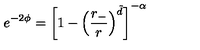
e ^ { - 2 \phi } = \left[ 1 - \left( \frac { r _ { - } } { r } \right) ^ { \tilde { d } } \right] ^ { - \alpha }